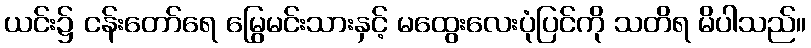
ယင်း၌ ငန်းတော်ရေ မြွေမင်းသားနှင့် မထွေးလေးပုံပြင်ကို သတိရ မိပါသည်။